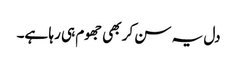
دل یہ سن کر بھی جھوم ہی رہا ہے۔